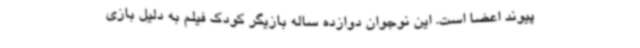
پیوند اعضا است. این نوجوان دوازده ساله بازیگر کودک فیلم به دلیل بازی